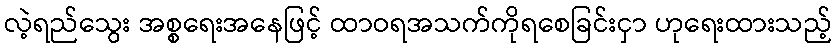
လဲ့ရည်သွေး အစ္စရေးအနေဖြင့် ထာဝရအသက်ကိုရစေခြင်းငှာ ဟုရေးထားသည့်